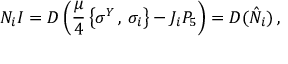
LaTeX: { \cal N } _ { i } I = { \cal D } \left( \frac { \mu } { 4 } \left\{ \sigma ^ { Y } \, , \, \sigma _ { i } \right\} - J _ { i } P _ { 5 } \right) = { \cal D } ( \hat { N } _ { i } ) \, ,